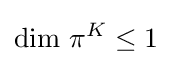
{\text{dim}}\ \pi ^{K}\leq 1